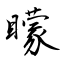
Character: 矇